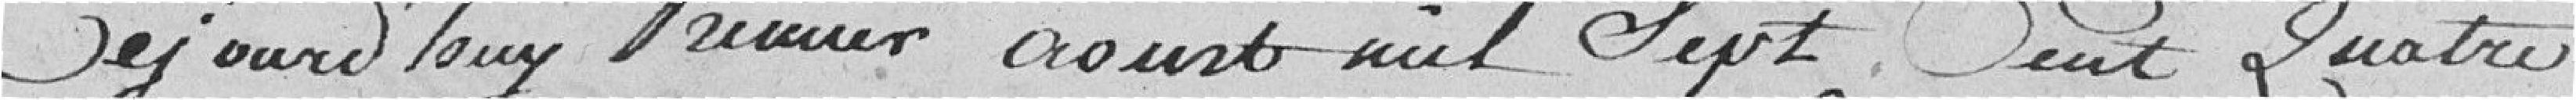
Cejourd'huy premier aoust mil sept cent quatre